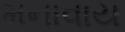
મનાવાય